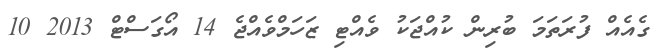
ގެއެއް ފުރަތަމަ ބުރިން ކުއްޖަކު ވެއްޓި ޒަހަމްވެއްޖެ 14 އޯގަސްޓް 2013 10